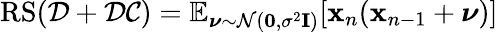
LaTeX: \mathrm{RS}(\mathcal D+\mathcal{DC})=\mathbb{E}_{\boldsymbol\nu\sim\mathcal{N}(\mathbf 0,\sigma^{2}\mathbf I)}[{\mathbf{x}}_{n}(\mathbf x_{n-1}+\boldsymbol\nu)]